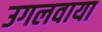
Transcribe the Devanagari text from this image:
उगलवाया